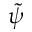
\tilde { \psi }